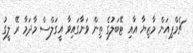
ޗެމްޕިއަން މާޒިޔާ އާއި ޓޭބަލުގެ ތިން ވަނާގައިވާ އީގަލްސް މާދަމާ ރޭ ލީގު